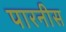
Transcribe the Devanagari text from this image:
पारनीस